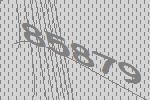
85879